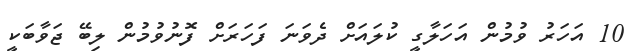
10 އަހަރު ވުމުން އަހަލާގީ ކުލައަށް ދެވަނަ ފަހަރަށް ފޮނުވުމުން ލިބޭ ޖަވާބަކީ